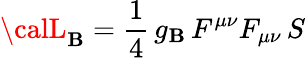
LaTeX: {\calL}_{\mathbf{B}}=\frac{{1}}{{4}}\, g_{\mathbf{B}}\, F^{\mu\nu}F_{\mu\nu}\, S